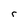
Character: r